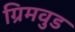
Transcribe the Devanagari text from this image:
ग्रिमवुड